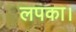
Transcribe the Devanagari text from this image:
लपका।